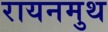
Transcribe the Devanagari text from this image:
रायनमुथ